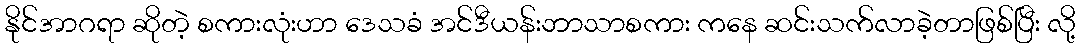
နိုင်အာဂရာ ဆိုတဲ့ စကားလုံးဟာ ဒေသခံ အင်ဒီယန်းဘာသာစကား ကနေ ဆင်းသက်လာခဲ့တာဖြစ်ပြီး လို့